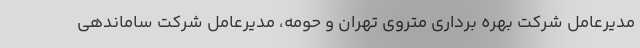
مدیرعامل شرکت بهره برداری متروی تهران و حومه، مدیرعامل شرکت ساماندهی